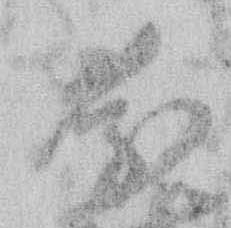
慶